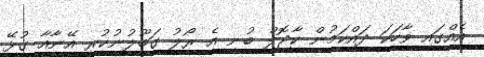
އެއްގައި ވާހަކަ ދައްކަމުން ކާޖޮލް ބުނީ އެ ރޯލު ގަބޫލުނުކުރީ އޭނާއާ ގުޅޭ